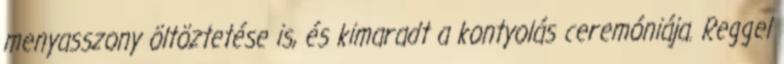
menyasszony öltöztetése is, és kimaradt a kontyolás ceremóniája. Reggel